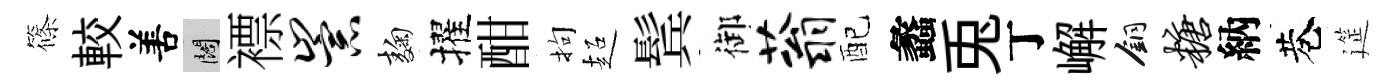
篠較𠵊闊褾崇麹擢酣拘超鬂御蓊配蠡兎丁嶰銅糖納巷筵